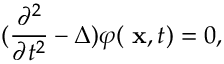
( \frac { \partial ^ { 2 } } { \partial t ^ { 2 } } - \Delta ) \varphi ( \mathrm { \bf ~ x } , t ) = 0 ,